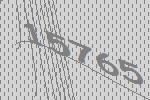
15765